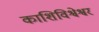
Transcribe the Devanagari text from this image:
काशिविश्वेश्वर